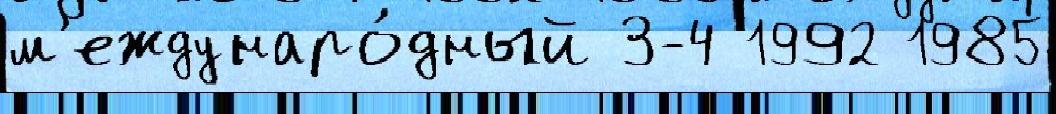
м'еждунаро́дный 3-4 1992 1985